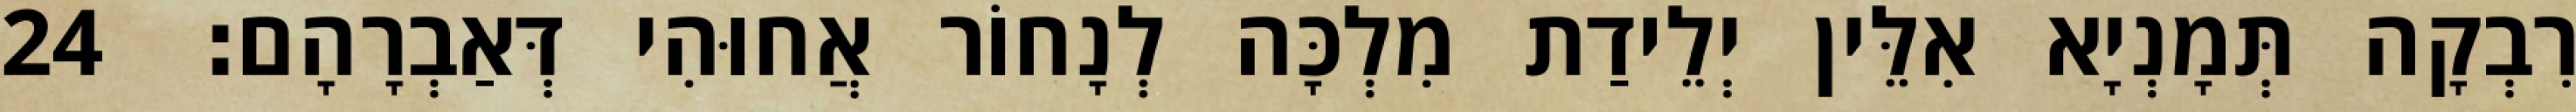
רִבְקָה תְּמָנְיָא אִלֵּין יְלֵידַת מִלְכָּה לְנָחוֹר אֲחוּהִי דְּאַבְרָהָם׃ 24